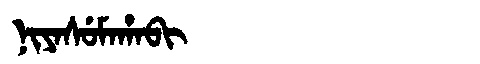
Manchu: ᠨᡳᠶᠠᠰᡠᠮᠠᡥᠠᠪᡳ
Romanization: NIYASUMAHABI